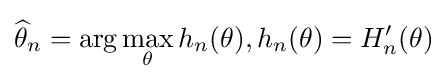
{\widehat {\theta }}_{n}=\arg \max _{\theta }h_{n}(\theta ),h_{n}(\theta )=H'_{n}(\theta )